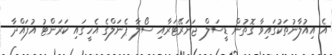
އެ އިއުލާނުތަކުގައިވާ ގޮތުން ޑީސަލް ޖަނަރޭޓަރާއި ސޯލާ ޕެނަލްގެ އެހީގައި ކަރަންޓު އުފައްދާ